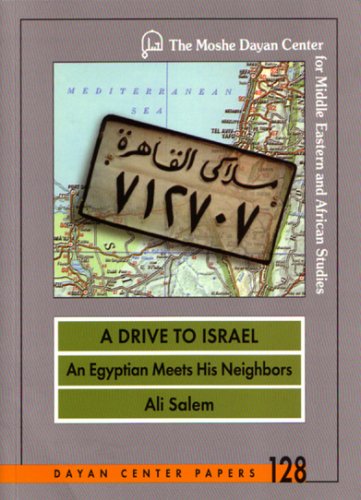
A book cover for A Drive to Israel: An Egyptian Meets His Neighbors (Dayan Center Papers, 128); Ali Salem; Travel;